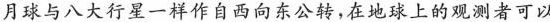
月球与八大行星一样作自西向东公转，在地球上的观测者可以